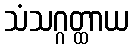
သံသဂ္ဂတ္ထာယ